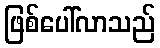
ဖြစ်ပေါ်လာသည်